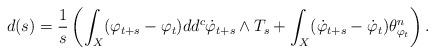
LaTeX: \begin{align*} d(s)= \frac{1}{s} \left( \int_X (\varphi_{t+s}-\varphi_t) dd^c\dot{\varphi}_{t+s} \wedge T_s + \int_X (\dot{\varphi}_{t+s}-\dot{\varphi}_t)\theta_{\varphi_t}^n\right). \end{align*}